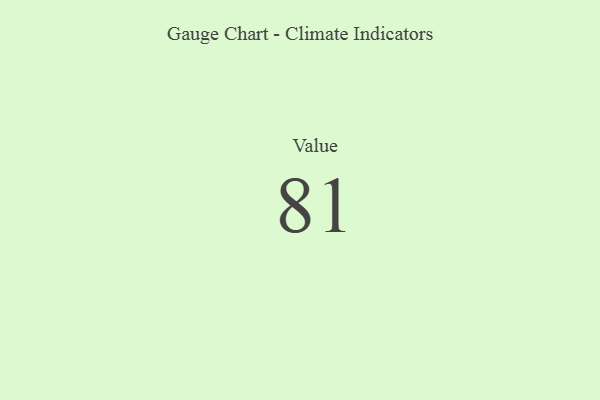
{"axis": {"x": "Metric", "y": "Value"}, "legend": [""], "data": [{"x": "Value", "y": 81, "type": ""}]}